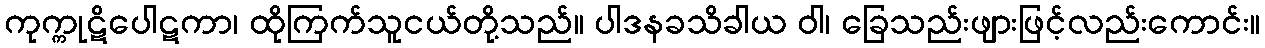
ကုက္ကုဋိပေါဋကာ၊ ထိုကြက်သူငယ်တို့သည်။ ပါဒနခသိခါယ ဝါ၊ ခြေသည်းဖျားဖြင့်လည်းကောင်း။